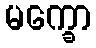
မက္ခော